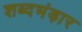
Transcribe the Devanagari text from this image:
शब्दभंड़ार